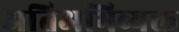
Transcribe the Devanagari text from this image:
अतिअभिव्यक्त